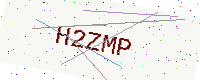
Text: H2ZMP